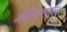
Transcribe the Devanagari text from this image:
ओलांडण्याचे